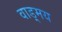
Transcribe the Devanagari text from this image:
वाड़्मय